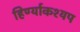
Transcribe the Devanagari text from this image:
हिर्ण्याकश्यप